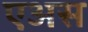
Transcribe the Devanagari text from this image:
एअस